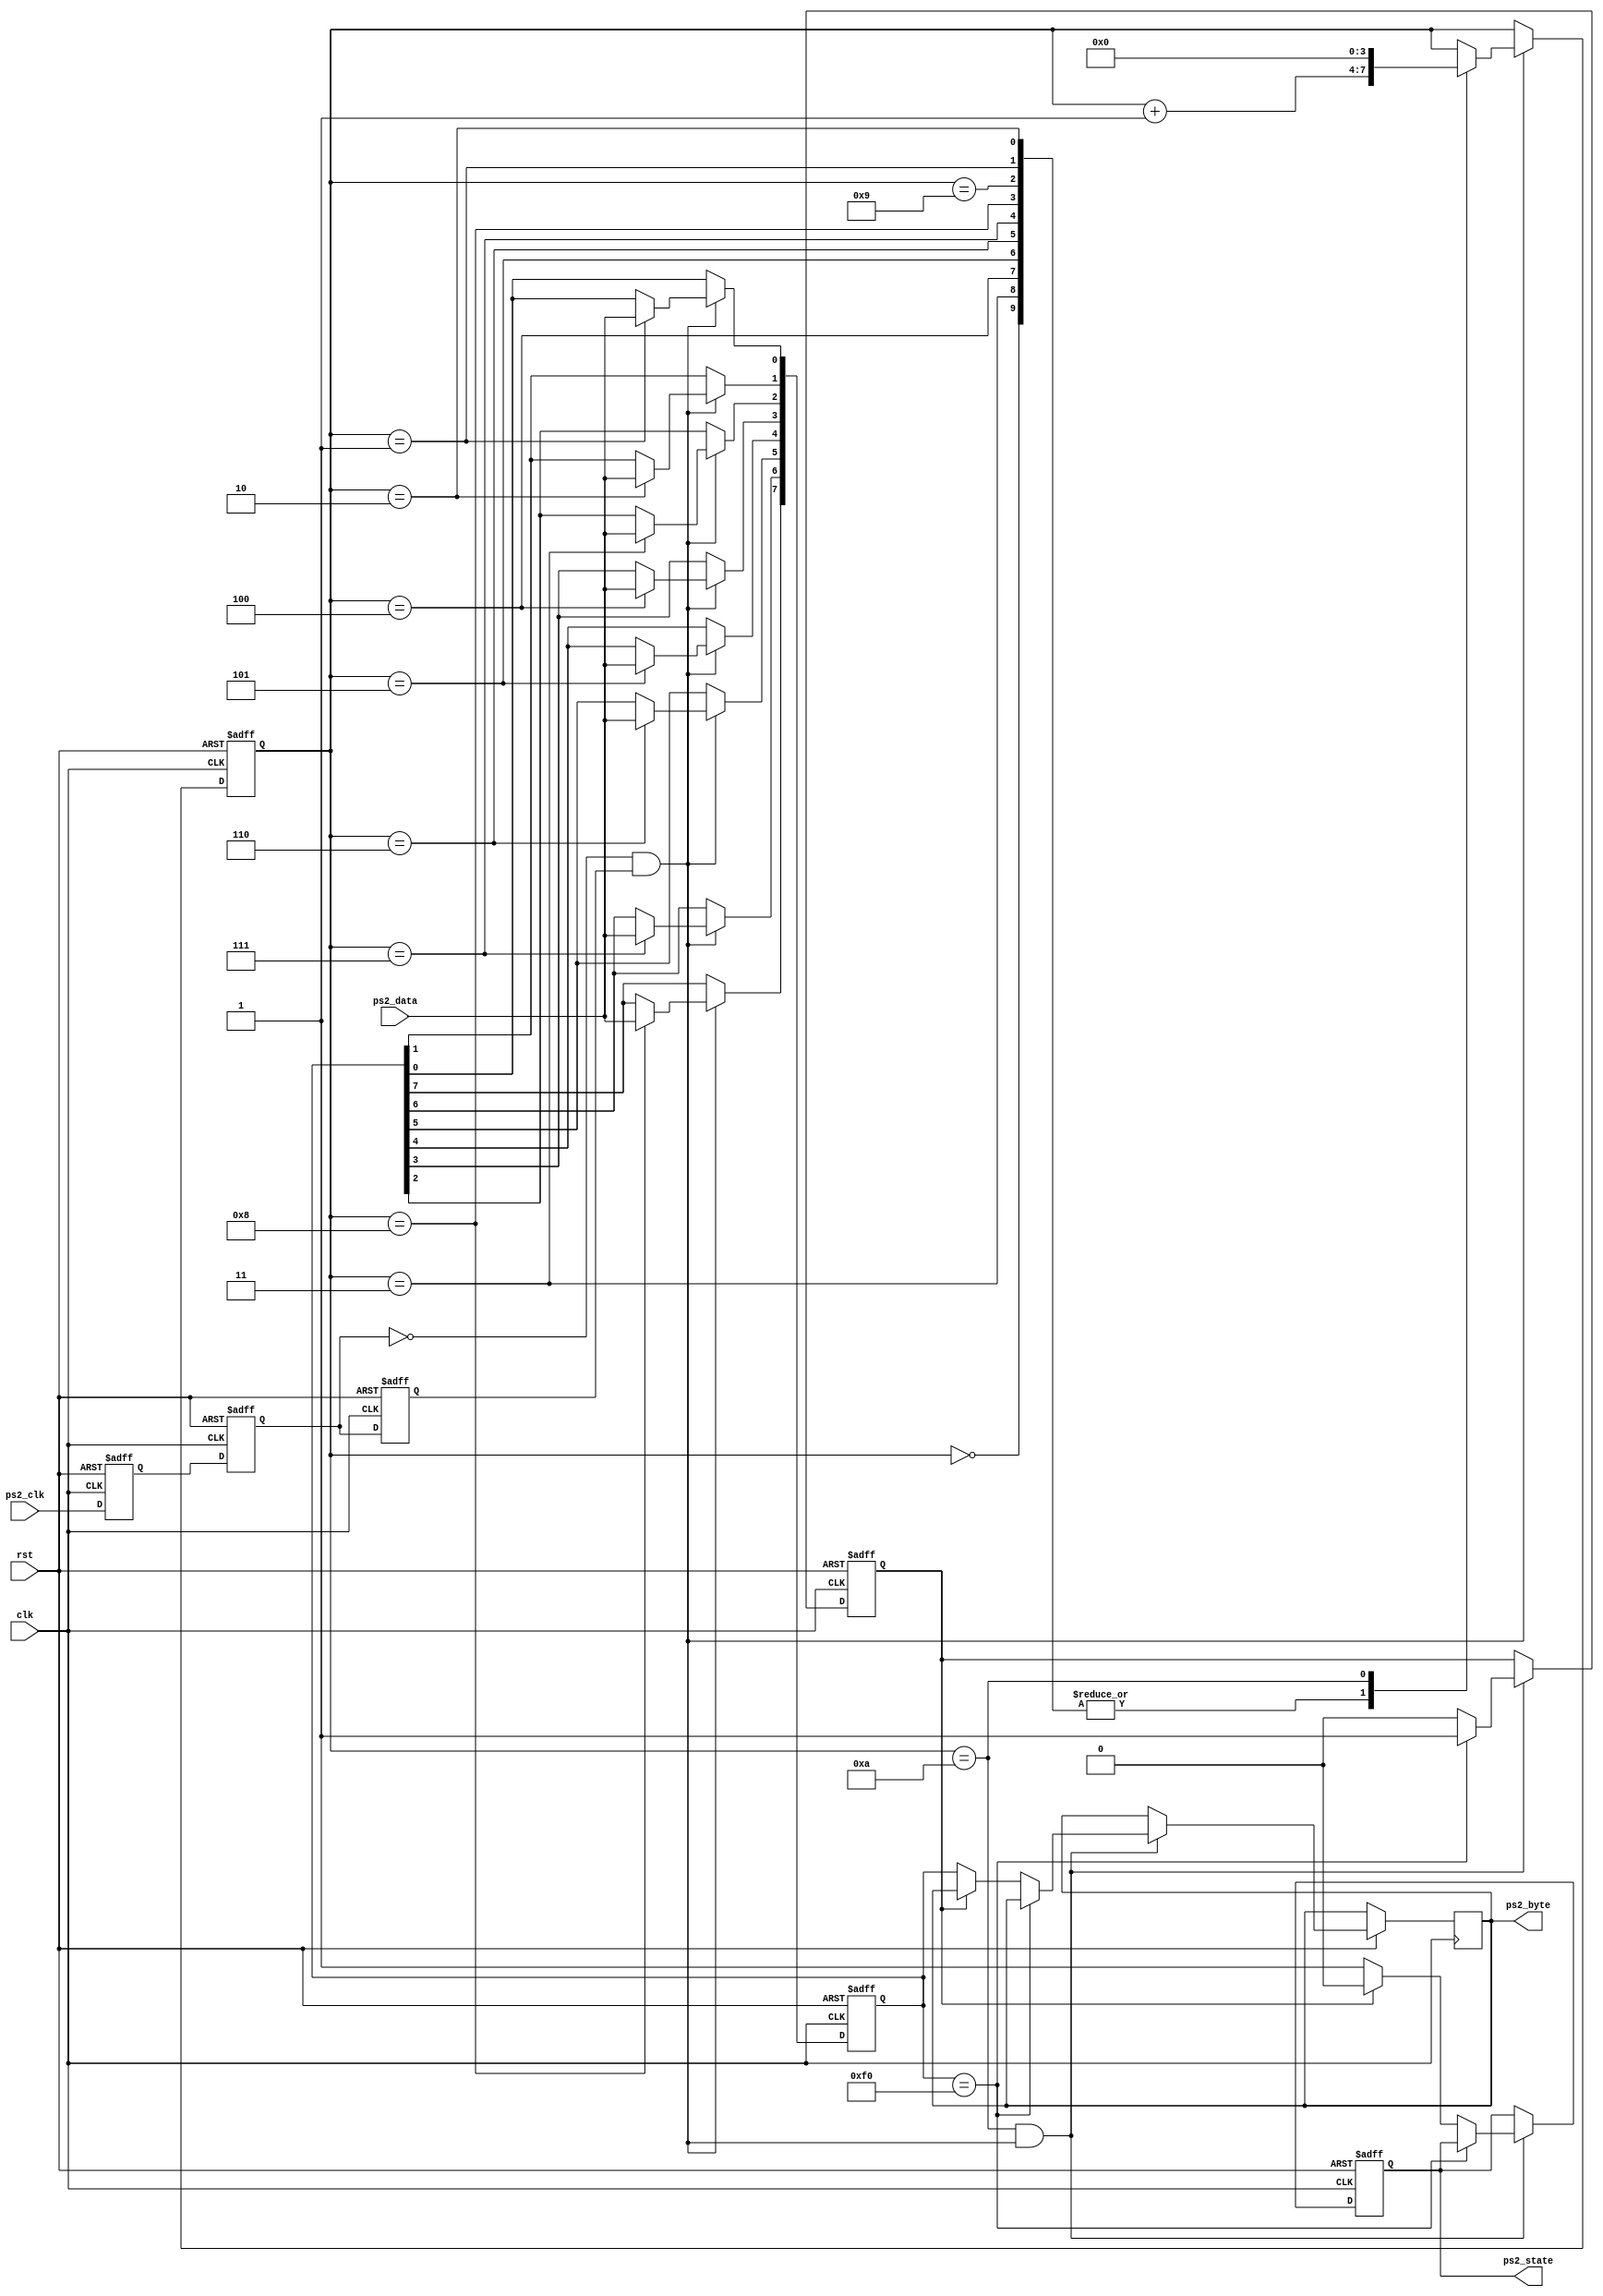
module PS2_driver(
    input wire clk, 
    input wire rst,
    input wire ps2_clk, 
    input wire ps2_data,
    output reg [7:0] ps2_byte,
    output reg ps2_state
    );
    
    reg ps2_clk_r[0:2];
    wire neg_ps2_clk = ~ps2_clk_r[1] & ps2_clk_r[2];
    
	// Detects the negative edge of ps2_clk by sampling
    always @ (posedge clk, negedge rst) begin
        if (!rst) begin
            ps2_clk_r[0] <= 1'b0;
            ps2_clk_r[1] <= 1'b0;
            ps2_clk_r[2] <= 1'b0;
        end
        else begin
            ps2_clk_r[0] <= ps2_clk;
            ps2_clk_r[1] <= ps2_clk_r[0];
            ps2_clk_r[2] <= ps2_clk_r[1];
        end
    end
    
    reg [7:0] ps2_temp;
    reg [3:0] counter;
    
    always @ (posedge clk, negedge rst) begin 
        if (!rst) begin
            counter <= 4'h0;
            ps2_temp <= 8'h00;
        end
        else if (neg_ps2_clk) begin
            case (counter) 
                4'h0: begin
                    counter <= counter + 4'h1;
                end
                4'h1: begin
                    counter <= counter + 4'h1;
                    ps2_temp[0] <= ps2_data;
                end
                4'h2: begin
                    counter <= counter + 4'h1;
                    ps2_temp[1] <= ps2_data;
                end
                4'h3: begin
                    counter <= counter + 4'h1;
                    ps2_temp[2] <= ps2_data;
                end
                4'h4: begin
                    counter <= counter + 4'h1;
                    ps2_temp[3] <= ps2_data;
                end
                4'h5: begin
                    counter <= counter + 4'h1;
                    ps2_temp[4] <= ps2_data;
                end
                4'h6: begin
                    counter <= counter + 4'h1;
                    ps2_temp[5] <= ps2_data;
                end
                4'h7: begin
                    counter <= counter + 4'h1;
                    ps2_temp[6] <= ps2_data;
                end
                4'h8: begin
                    counter <= counter + 4'h1;
                    ps2_temp[7] <= ps2_data;
                end
                4'h9: begin
                    counter <= counter + 4'h1;
                end
                4'hA: begin
                    counter <= 4'h0;
                end
            endcase
        end
    end
    
    reg key_f0;
    
    always @ (posedge clk, negedge rst) begin
        if (!rst) begin
            key_f0 <= 1'b0;
            ps2_state <= 1'b0;
        end
        else if (counter == 4'hA && neg_ps2_clk) begin
            if (ps2_temp == 8'hF0)
                key_f0 <= 1'b1;
            else begin
                if (!key_f0) begin
                    ps2_state <= 1'b1;
                    ps2_byte <= ps2_temp;
                end
                else begin
                    ps2_state <= 1'b0;
                    key_f0 <= 1'b0;
                end
            end
        end
    end
    

endmodule